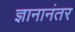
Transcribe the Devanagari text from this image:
ज्ञानानंतर